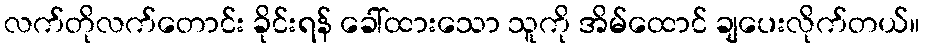
လက်တိုလက်တောင်း ခိုင်းရန် ခေါ်ထားသော သူကို အိမ်ထောင် ချပေးလိုက်တယ်။